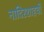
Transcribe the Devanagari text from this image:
नादिरशाहची